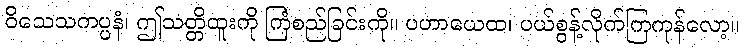
ဝိသေသကပ္ပနံ၊ ဤသတ္တိထူးကို ကြံစည်ခြင်းကို။ ပဟာယေထ၊ ပယ်စွန့်လိုက်ကြကုန်လော့။